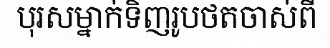
បុរសម្នាក់ទិញរូបថតចាស់ពី